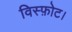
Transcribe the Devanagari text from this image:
विस्फ़ोट।